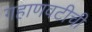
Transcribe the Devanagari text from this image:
गहाणवटीची